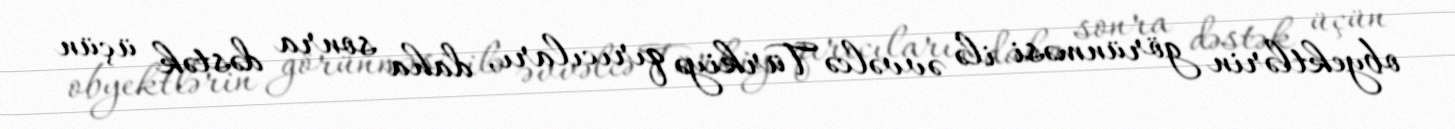
obyektlərin görünməsi ilə əvvəlcə Türkiyə qırıcıları, daha sonra dəstək üçün